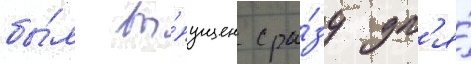
бы́л вы́пущен сра́зу дл'я́